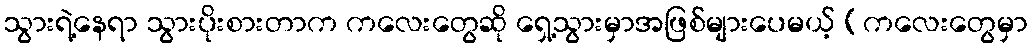
သွားရဲ့နေရာ သွားပိုးစားတာက ကလေးတွေဆို ရှေ့သွားမှာအဖြစ်များပေမယ့် (ကလေးတွေမှာ